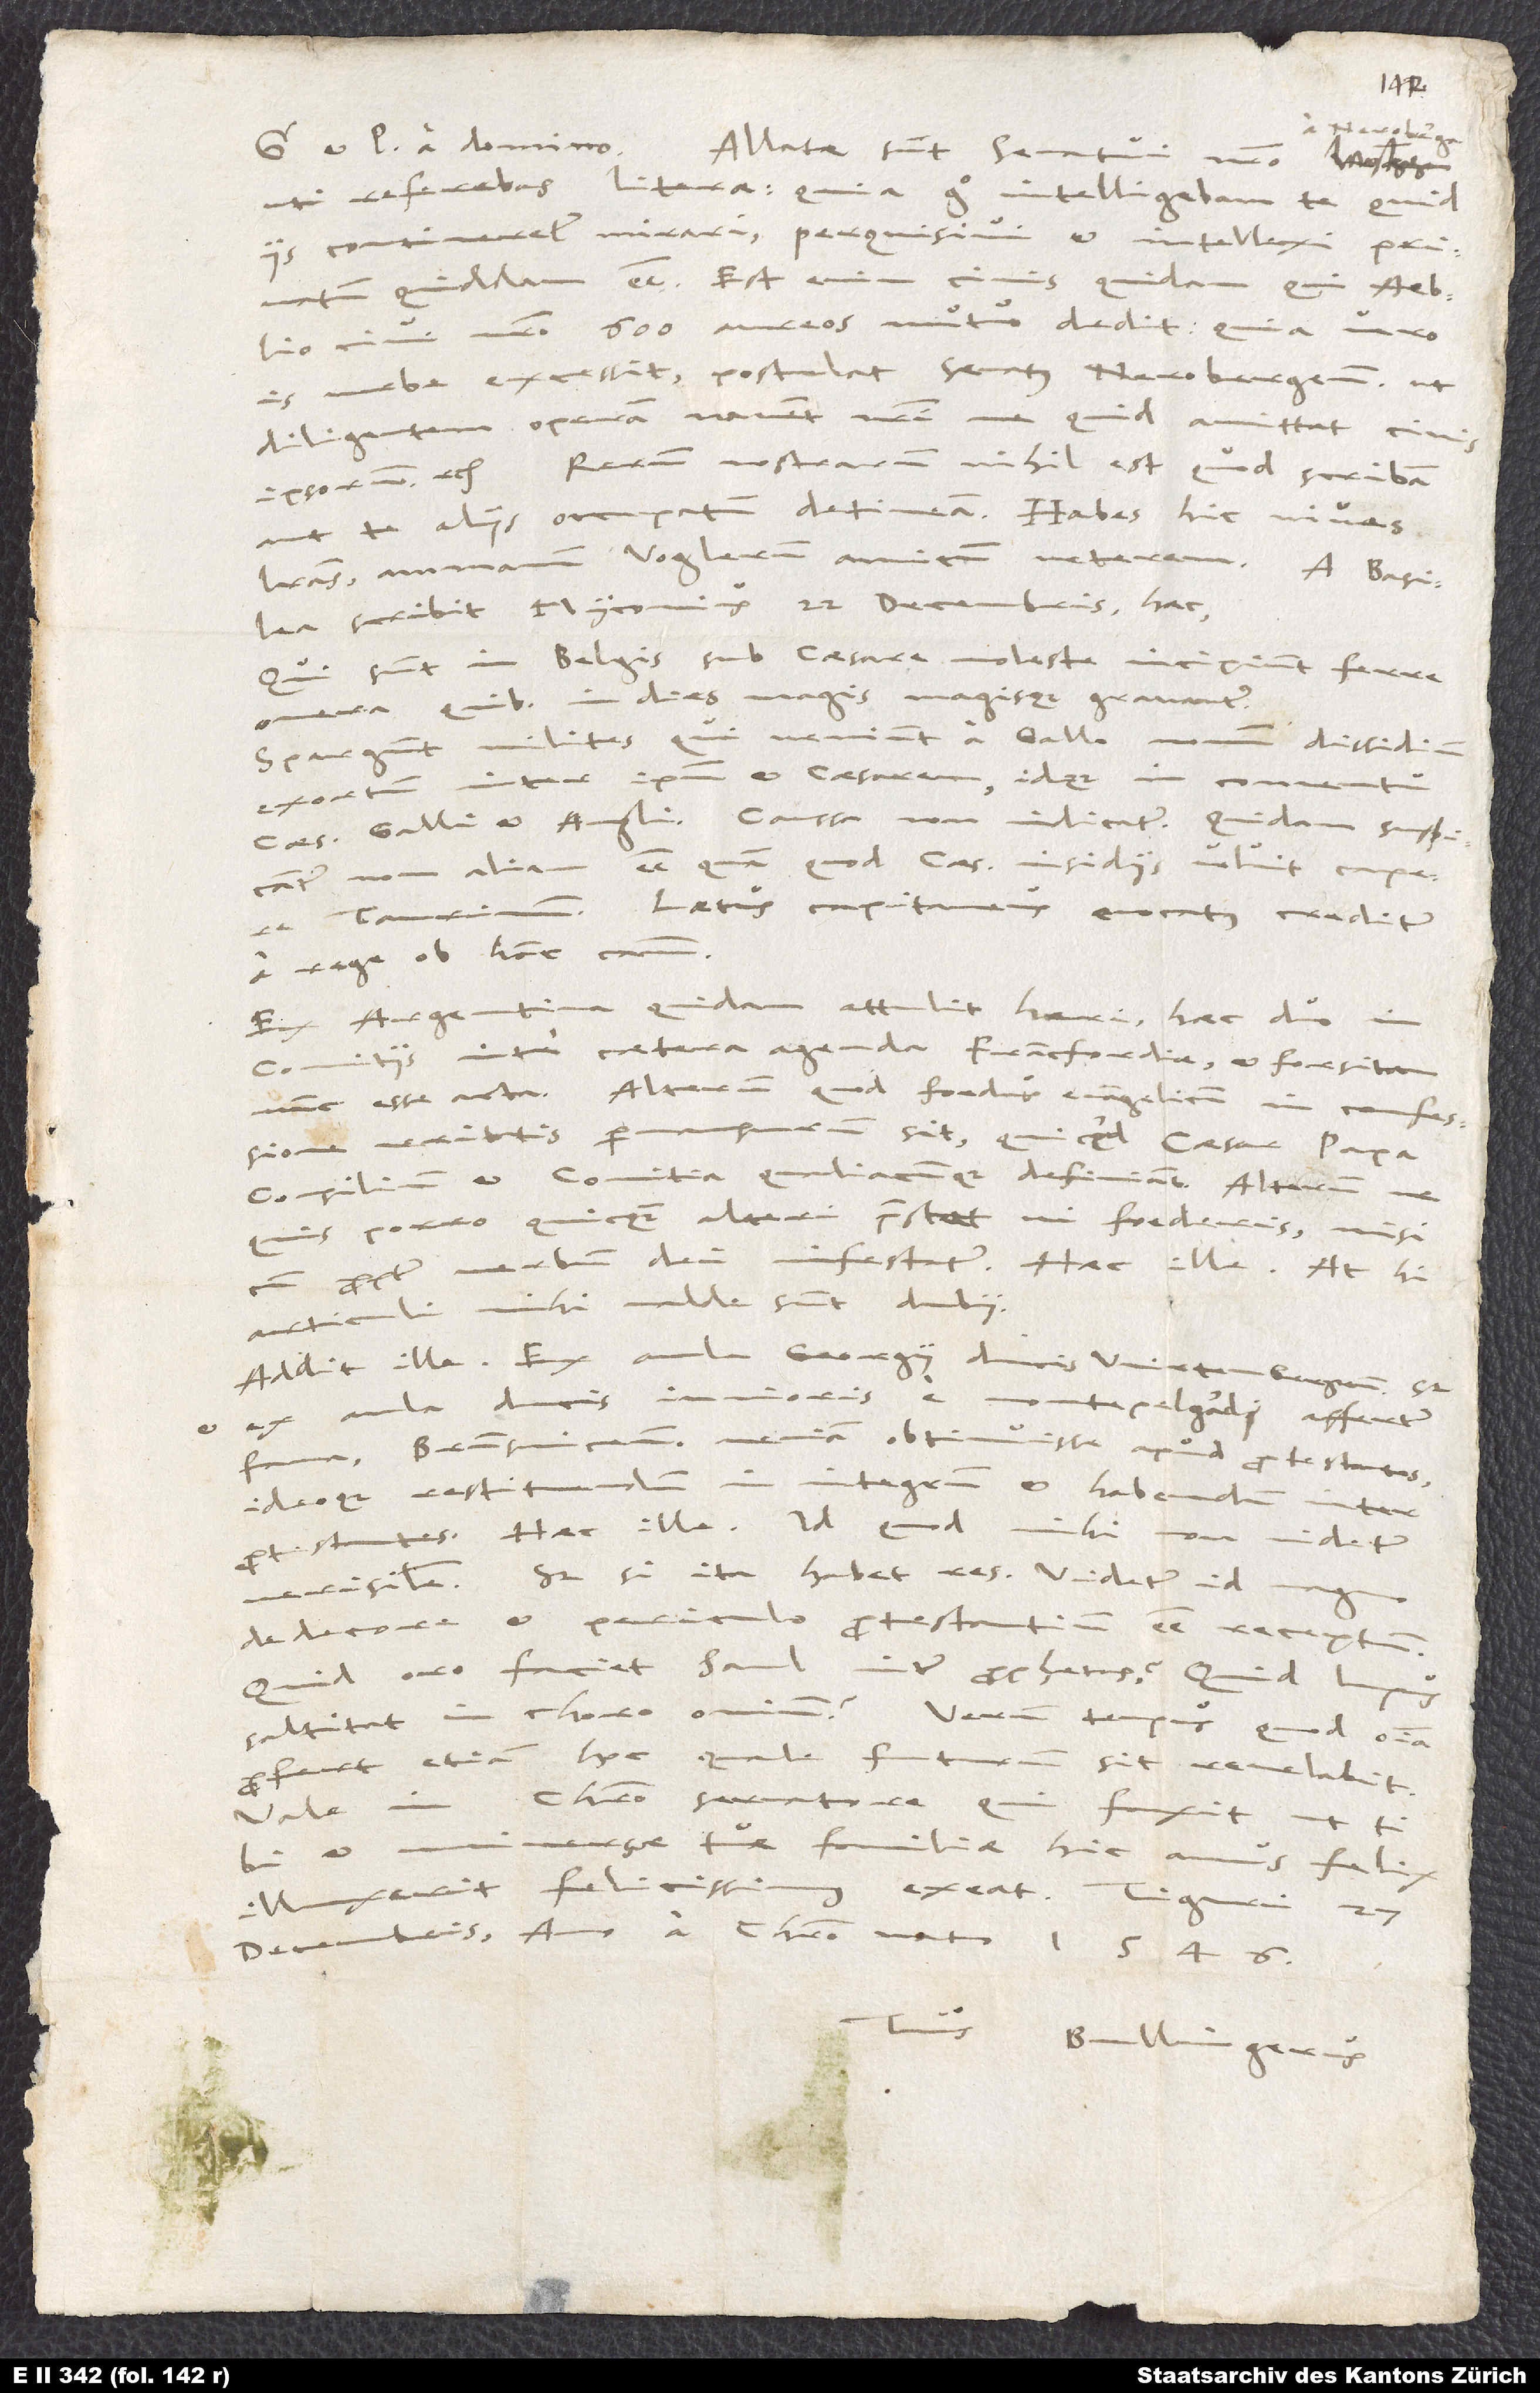
a Neroberga,
et pacem a domino. Allatae sunt senatui nostro
uti referebas, literae. Quia ergo intelligebam, te quid
iis contineretur mirari, perquisivi et intellexi, privatum
quiddam esse. Est enim civis quidam, qui Aeblio,
civi nostro, 600 aureos mutuo dedit. Quia vero
is urbe excessit, postulat senatus Nerobergensis, ut
diligentem operam navent nostri, ne quid amittat civis
ipsorum etc. Rerum nostrarum nihil est, quod scribam
aut te aliis occupatum detineam. Habes hic vivas
literas ammanum Voglerum, amicum veterem. A Basilea
scribit Myconius 22. Decembris haec:
«Qui sunt in Belgis sub Caesare, moleste incipiunt ferre
quibus in dies magis magisque gravantur.
Spargunt milites, qui veniunt a Gallo, novum dissidium
exortum inter ipsum et Caesarem, idque in conventu
Caesaris, Galli et Angli. Caussa non indicatur. Quidam suspicantur,
non aliam esse, quam quod Caesar insidiis voluit capere
Taurinum. Laetus capitaneus evocatus creditur
a rege ob hanc causam.
Ex Argentina quidam attulit heri, haec duo in
comitiis inter cetera agenda Francfordiae et forsitan
nunc esse acta: alterum, quod foedus evangelicum in confessione
veritatis permansurum sit, quicquid Caesar, papa,
consilium et comitia qualiacunque definiant; alterum, ne
quis porro quicquam alteri praestet vi foederis, nisi
cum propter verbum dei infestatur.» Haec ille; at hi
articuli mihi valde sunt dubii.
Georgii,
Addit ille: «Ex aula
ducis Wirtenbergensis, sed
ex aula ducis iunioris
e Montepelgardi affertur
fama, Brunsvicensem veniam obtinuisse apud protestantes
ideoque restituendum in integrum et habendum inter
protestantes». Haec ille; id quod mihi non videtur
verisimile. Sed si ita habet res, videtur id
dedecore et periculo protestantium esse receptum.
oro, faciet Saul inter prophetas? Quid lupus
et
saltitat in choro ovium? Verum tempus, quod omnia
profert, etiam hoc, quale futurum sit, revelabit.
Vale in Christo servatore, qui faxit, ut tibi
et universae tuae familiae hic annus felix
illuxerit, felicissimus exeat. Tiguri, 27
Decembris, anno a Christo nato 1546.
Tuus Bullingerus.